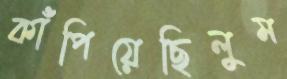
কাঁপিয়েছিলুম